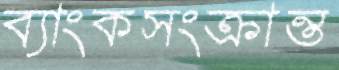
ব্যাংকসংক্রান্ত